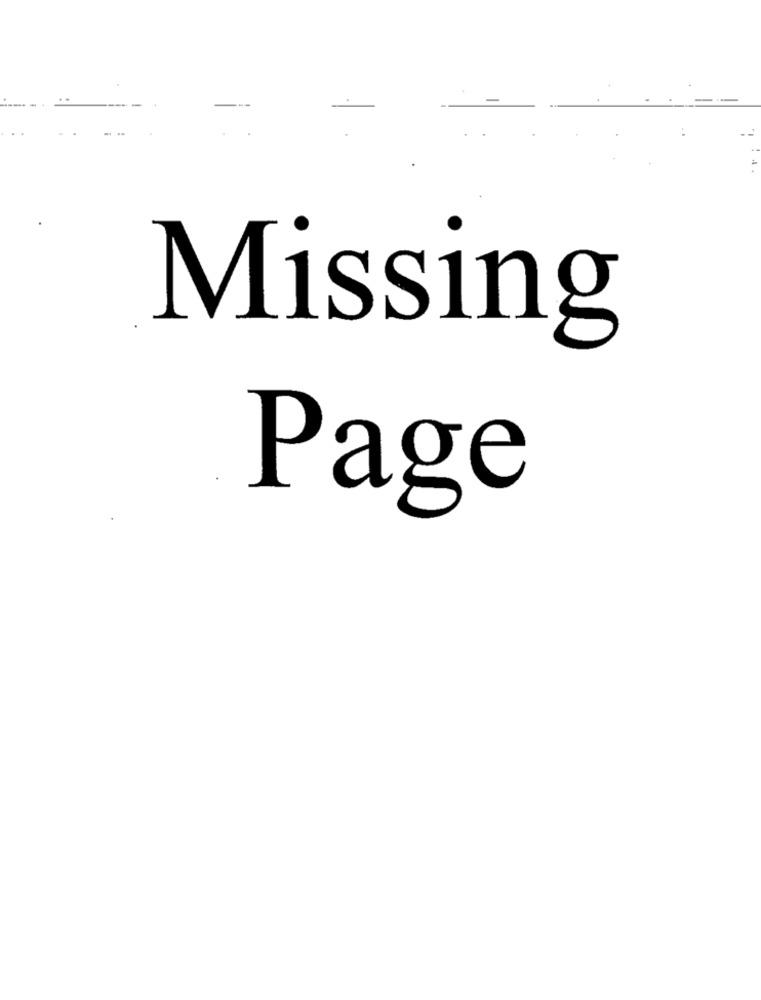
Missing
Page